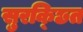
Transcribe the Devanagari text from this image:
सुरक्छित